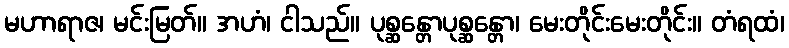
မဟာရာဇ၊ မင်းမြတ်။ အဟံ၊ ငါသည်။ ပုစ္ဆန္တောပုစ္ဆန္တော၊ မေးတိုင်းမေးတိုင်း။ တံရထံ၊